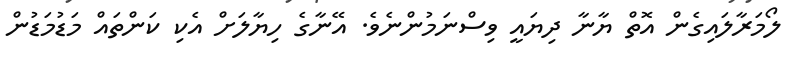
ލޯމަރާލައިގެން އޮތް ޔާނާ ދިޔައީ ވިސްނަމުންނެވެ. އޭނާގެ ހިޔާލަށް އެކި ކަންތައް މަޑުމަޑުން